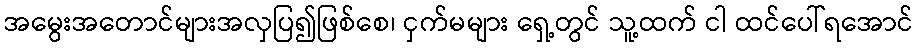
အမွေးအတောင်များအလှပြ၍ဖြစ်စေ၊ ငှက်မများ ရှေ့တွင် သူ့ထက် ငါ ထင်ပေါ်ရအောင်